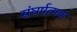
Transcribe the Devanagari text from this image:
संघर्षत्मक